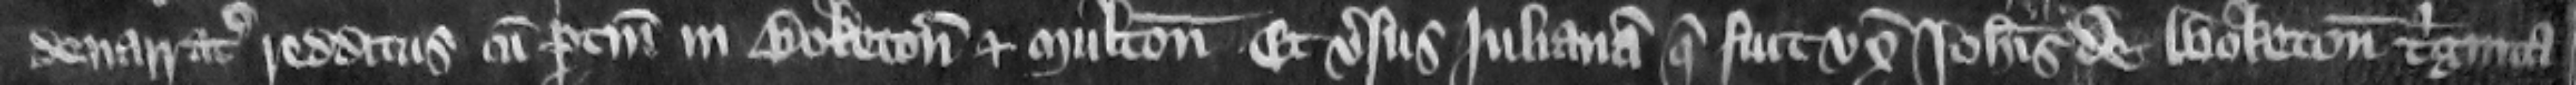
denarratas redditus cum pertinenciis in Boketon et Multon et versus Iulianam que fuit vxor Iohannis de Boketon triginta